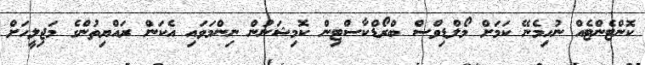
ކޮންޓެންޓެއް ނުހިމެނޭ ކަމަށް މޯލްޑިވްސް ބްރޯޑްކާސްޓިން ކޮމިޝަނުން ނިންމަވައި އެކަން ރައްޔިތުންގެ މަޖިލީހަށް